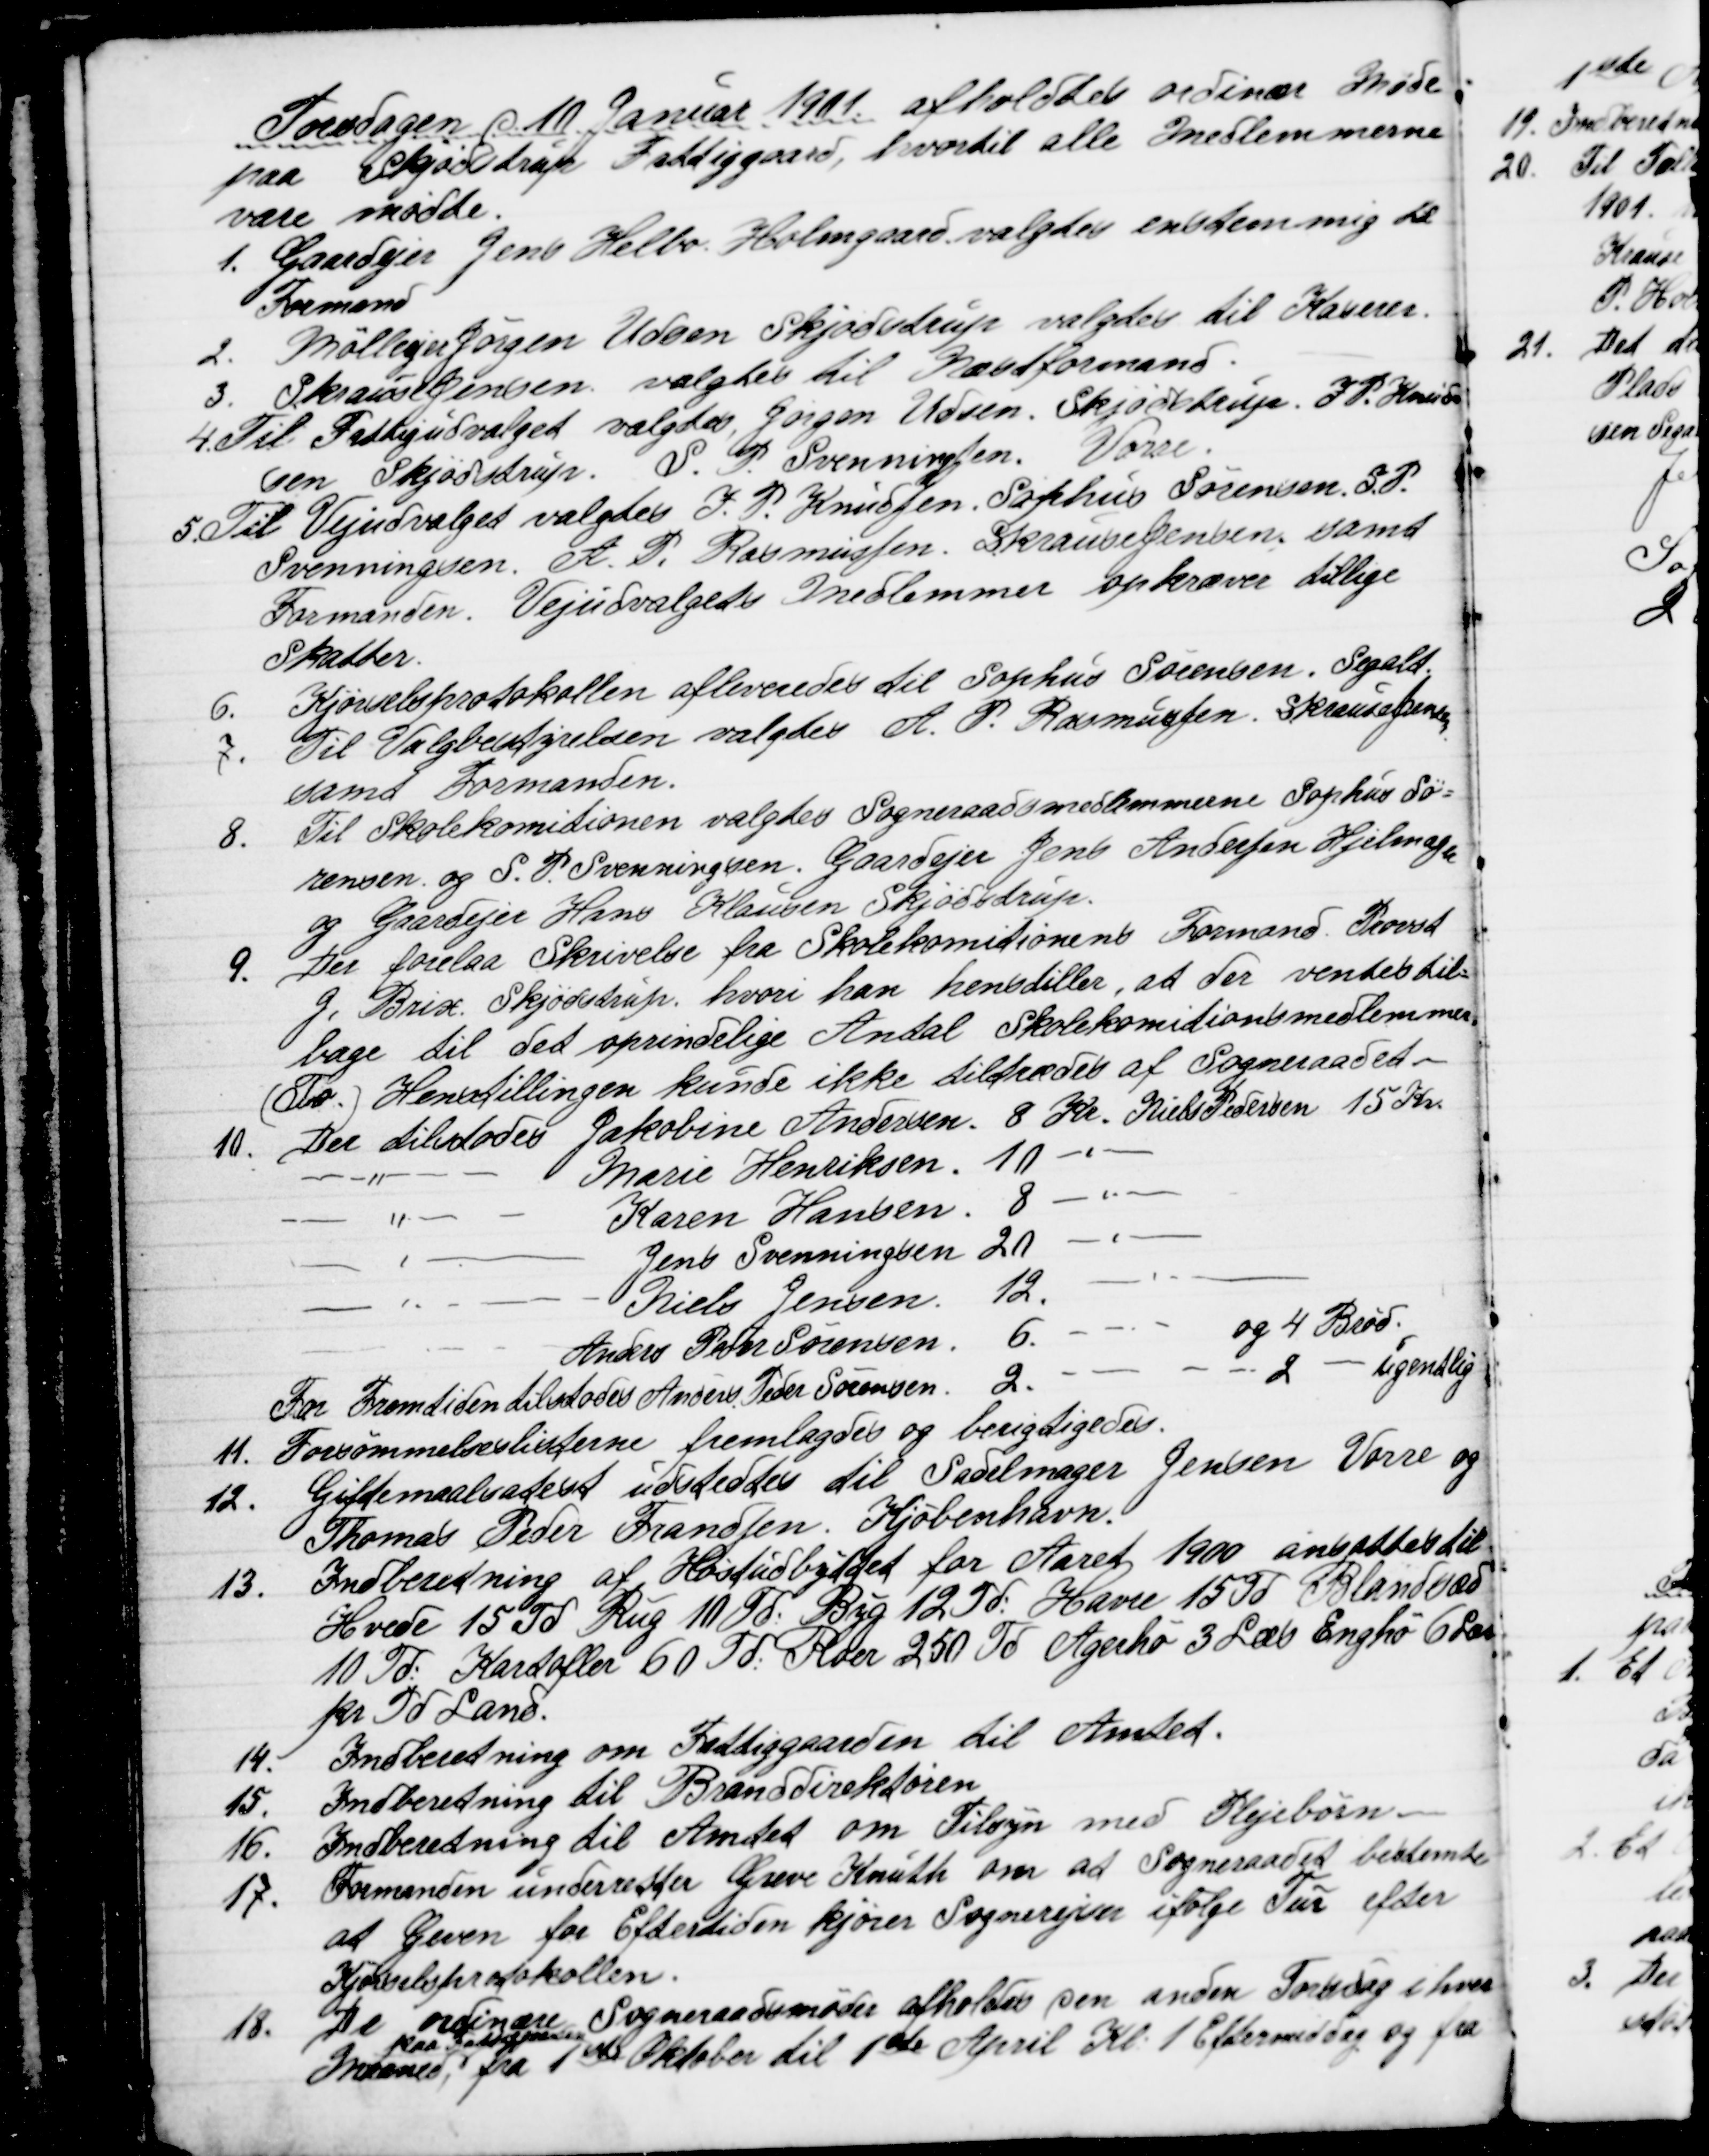
Transskription:
Torsdagen d 10 Januar 1901 afholdtes ordinær Møde
paa Skjødstrup Fattiggaard, hvortil alle Medlemmerne
vare mødte.
1. Gaardejer Jens Helbo Holmgaard valgtes enstemmig til 
Formand
2. Mølleejer Jørgen Udsen Skjødstrup valgtes til Kaserer.
3. S. Krause Jensen valgtes til Næstformand.
4. Til Fattigudvalget valgtes Jørgen Udsen, Skjødstrup. J. P. Knud-
sen Skjødstrup, S. P. Svenningsen, Vorre.
5. Til Vejudvalget valgtes J. P. Knudsen, Sophus Sørensen S.P.
Svenningsen. A. P. Rasmussen, S. Krause Jensen samt
Formanden. Vejudvalgets Medlemmer opkræver tillige
Skatter.
6. Kjørselsprotokollen afleveredes til Sophus Sørensen. Segalt.
7. Til Valgbestyrelsen valgtes A. P. Rasmussen, S. Krause Jensen
samt Formanden.
8. Til Skolekomitionen valgtes Sogneraadsmedlemmerne Sophus Sø=
rensen og S. P. Svenningsen. Gaardejer Jens Andersen Hjelmager
og Gaardejer Hans Klausen Skjødstrup.
9. Der forelaa Skrivelse fra Skolekomitionens Formand Provst
J. Brix Skjødstrup, hvori han henstiller, at der vendes til-
bage til det oprindelige Antal Skolekomitionsmedlemmer
(To) Henstillingen kunde ikke tiltrædes af Sogneraadet.
10. Der tilstodes Jakobine Andersen 8 Kr. Niels Pedersen 15 Kr.
Marie Henriksen 10 "
Karen Hansen 8 "
Jens Svenningsen 20 "
Niels Jensen 12. "
Anders Peter Sørensen 6. - - . -
og 4 Brød.
For Fremtiden tilstodes Anders Peder Sørensen 2. - - - 2 - -ugentlig
11. Forsømmelseslisterne fremlagdes og berigtigedes.
12. Giftemaalsattest udstedtes til Sadelmager Jensen Vorre og
Thomas Peder Frandsen Kjøbenhavn.
13. Indberetning af Høstudbyttet for Aaret 1900 ansattes til
Hvede 15 Td Rug 10 Td: Byg 12 Td: Havre 15 Td Blandsæd
10 Td: Kartofler 60 Td: Roer 250 Td Agerhø 3 Læs Enghø 6 Læs
pr Td Land.
14. Indberetning om Fattiggaarden til Amtet.
15. Indberetning til Branddirektionen.
16. Indberetning til Amtet om Tilsyn med Plejebørn.
17. Formanden underretter Greve Knuth om at Sogneraadet bestemte
at Greven for Eftertiden kjører Sognerejser ifølge Tur efter
Kjørselsprotokollen.
18. De ordinære Sogneraadsmøder afholdes den anden Torsdag i hver
Maaned 
paa Fattiggaarden
fra 1st Oktober til 1st April Kl. 1 Eftermiddag og fra